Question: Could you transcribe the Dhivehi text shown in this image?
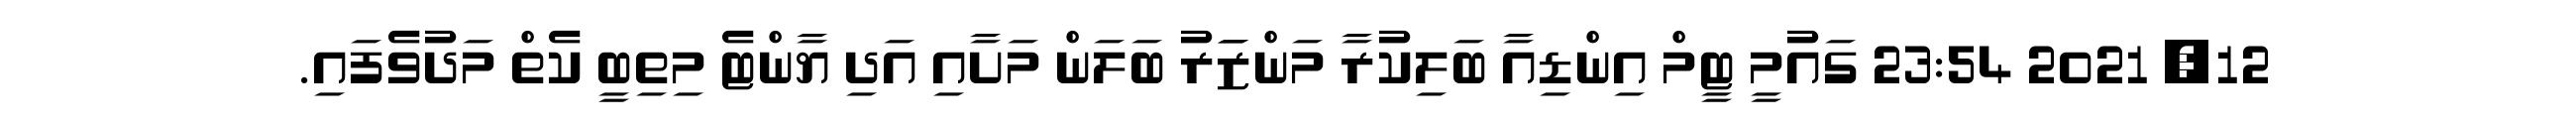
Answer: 12, 2021 23:54 ގައުމީ ޓީމް އިންޑިއާ ބަލިކުރާ މަންޒަަރު ބަލަން މަށާއި އަދި ޔާންޓެ މިތިބީ ކެތް މަދުވެފައި.